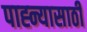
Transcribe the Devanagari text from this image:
पाह्न्यासाठी